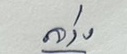
ล่าง